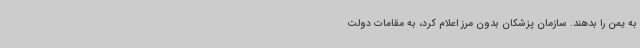
به یمن را بدهند. سازمان پزشکان بدون مرز اعلام کرد، به مقامات دولت